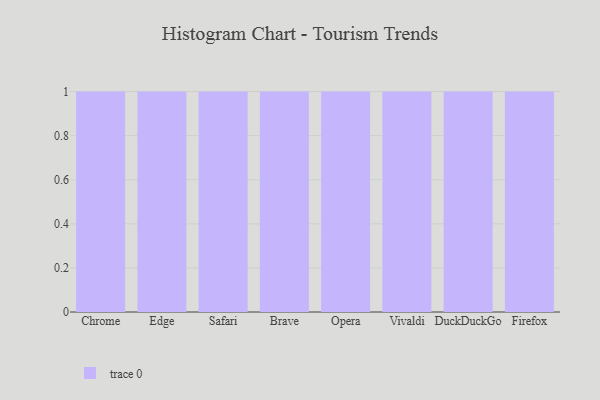
{"axis": {"x": "Browser", "y": "Population (Million)"}, "legend": [""], "data": [{"x": "Chrome", "y": 31, "type": ""}, {"x": "Edge", "y": 75, "type": ""}, {"x": "Safari", "y": 44, "type": ""}, {"x": "Brave", "y": 27, "type": ""}, {"x": "Opera", "y": 62, "type": ""}, {"x": "Vivaldi", "y": 79, "type": ""}, {"x": "DuckDuckGo", "y": 7, "type": ""}, {"x": "Firefox", "y": 38, "type": ""}]}